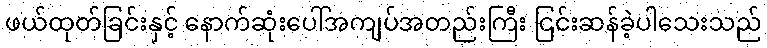
ဖယ်ထုတ်ခြင်းနှင့် နောက်ဆုံးပေါ်အကျပ်အတည်းကြီး ငြင်းဆန်ခဲ့ပါသေးသည်